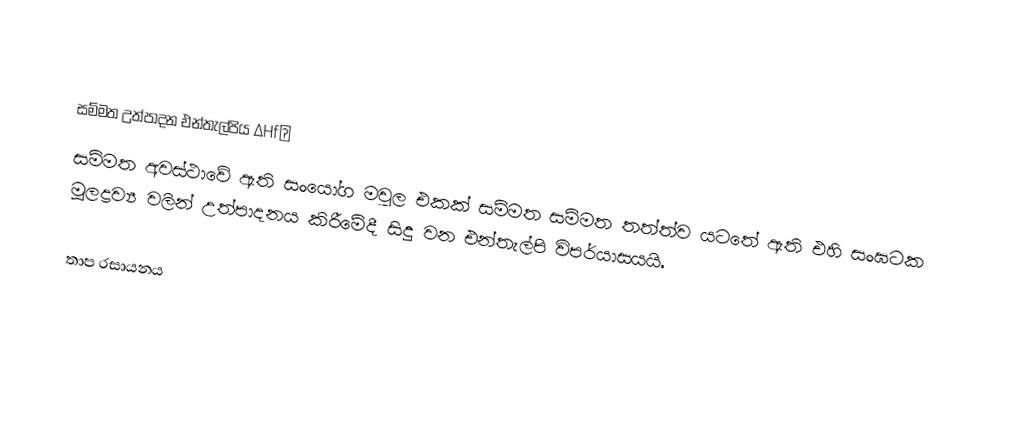

සම්මත උත්පාදන එන්තැල්පිය ∆Hf∅
සම්මත අවස්ථාවේ  ඇති සංයෝග මවුල එකක් සම්මත සම්මත තත්ත්ව යටතේ ඇති එහි සංඝටක මූලද්‍රව්‍ය වලින් උත්පාදනය කිරීමේදී සිදු වන එන්තැල්පි විපර්යාසයයි.

තාප රසායනය